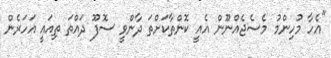
"އެހާ މުހިންމު މެސެޖެއްނޫން އެއީ ކޮންތާކަށްތަ ދާންވީ ސޮފޫ ދައްތަ ތިއައީ އަހަރެން